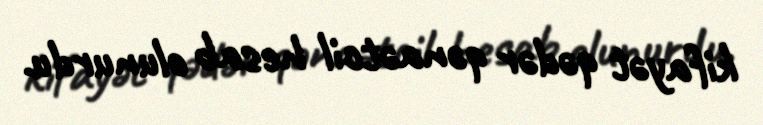
kifayət qədər qənaətcil hesab olunurdu.